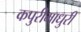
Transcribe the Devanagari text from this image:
कपुरीमाधुरी